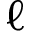
\ell